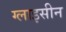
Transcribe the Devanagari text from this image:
ग्लाइसीन